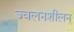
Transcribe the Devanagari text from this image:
ज्वलनशीलन